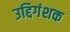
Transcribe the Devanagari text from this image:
उद्दिगंशक